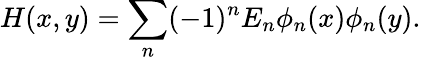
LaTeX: H(x,y)=\sum_{n}(-1)^{n}E_{n}\phi_{n}(x)\phi_{n}(y).